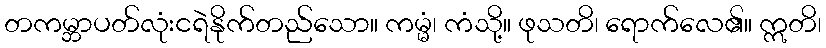
တကမ္ဘာပတ်လုံးငရဲနိုက်တည်သော။ ကမ္မံ၊ ကံသို့။ ဖုသတိ၊ ရောက်လေ၏။ ဣတိ၊